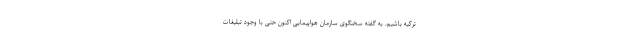
ترکیه باشیم. به گفته سخنگوی سازمان هواپیمایی اکنون حتی با وجود تبلیغات